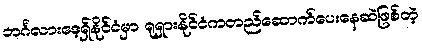
ဘင်္ဂလားဒေ့ရှ်နိုင်ငံမှာ ရုရှားနိုင်ငံကတည်ဆောက်ပေးနေဆဲဖြစ်တဲ့